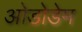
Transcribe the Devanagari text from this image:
ओडोडेम